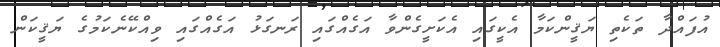
އުފައްދާ ތަކެތި ޔަޤީންކަމާ އެކީގައި އެކަށީގެންވާ އަގެއްގައި ރަނގަޅު އަގެއްގައި ވިއްކޭނެކަމުގެ ޔަޤީކަން